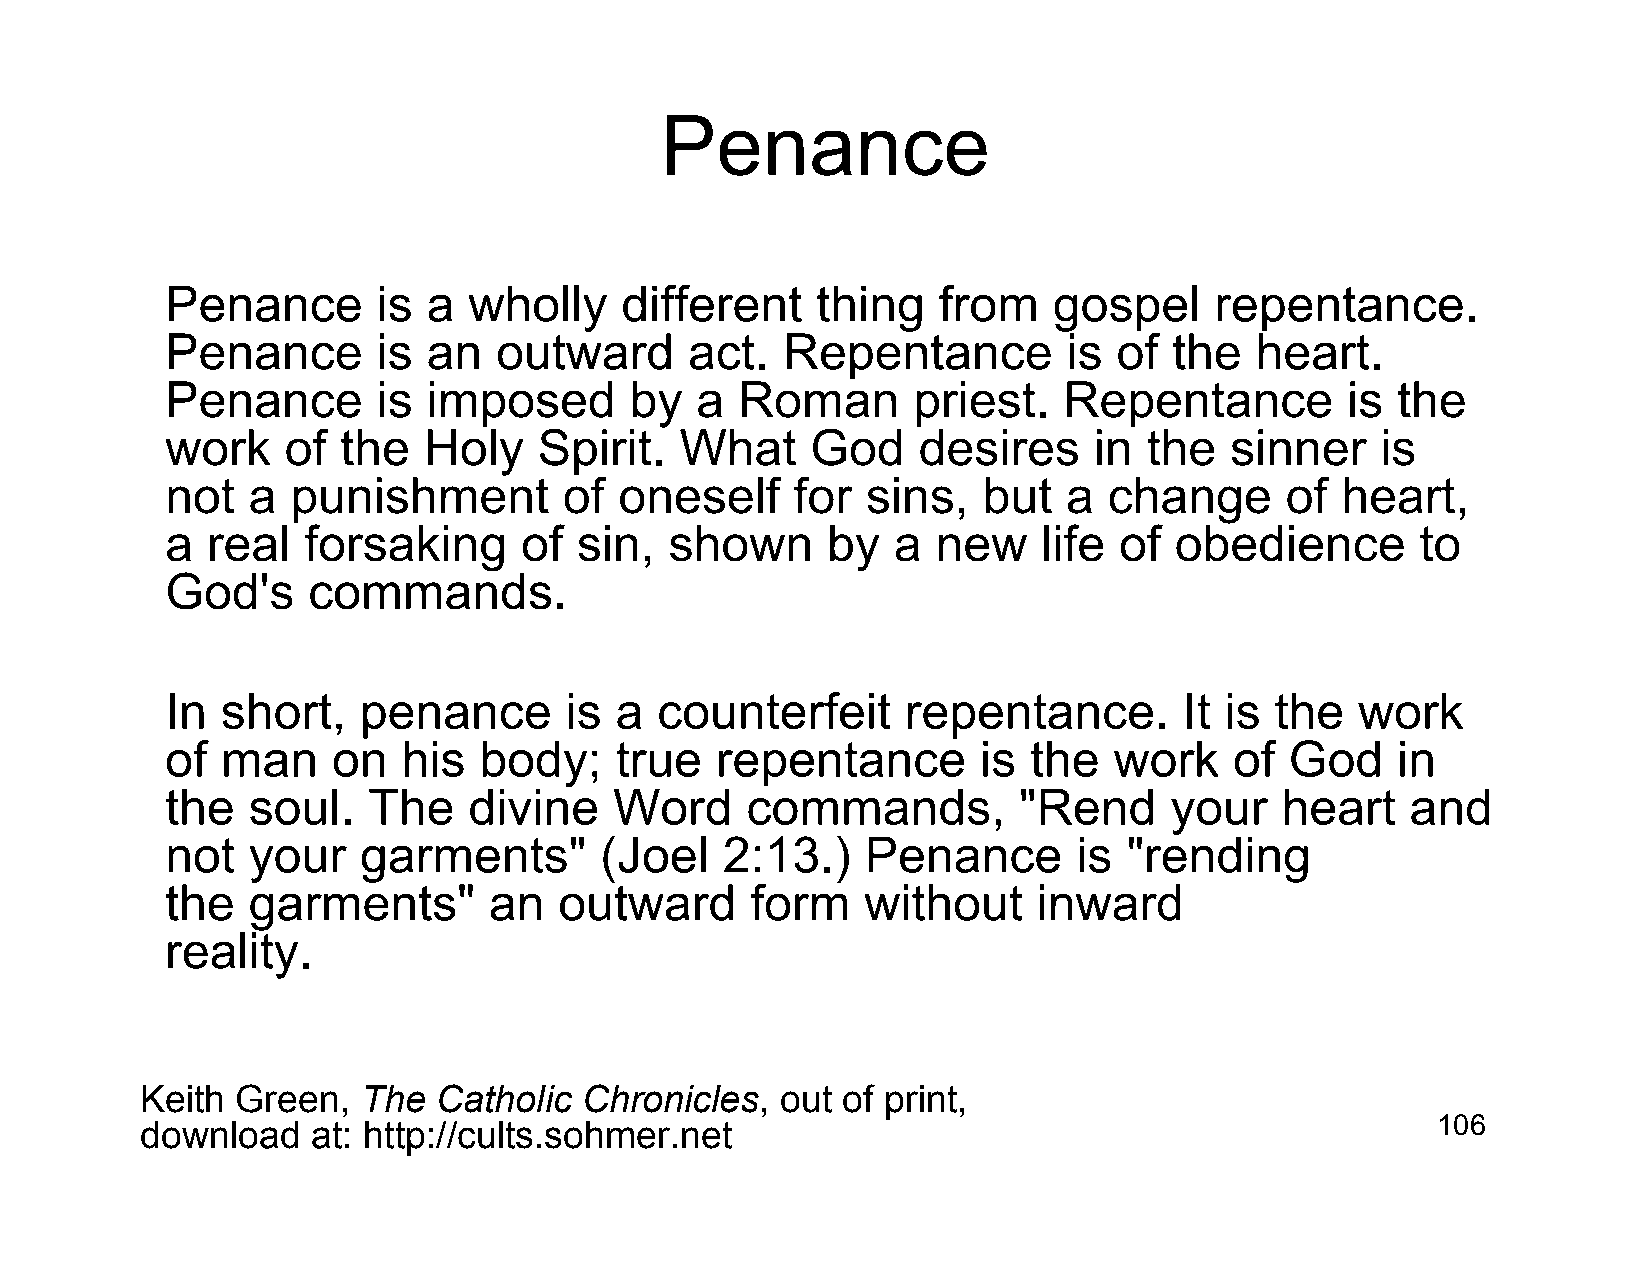
Penance
 Penance       is a  wholly    different    thing   from    gospel    repentance.
 Penance       is an   outward      act.  Repentance         is of  the  heart.
 Penance       is imposed       by  a  Roman      priest.   Repentance         is the
 work    of  the  Holy    Spirit.  What     God    desires    in  the  sinner    is
 not  a  punishment        of  oneself     for sins,   but   a change      of  heart,
 a  real  forsaking     of  sin,  shown      by  a  new    life of  obedience       to
 God's    commands.
 In  short,   penance      is  a counterfeit      repentance.       It is the   work
 of  man    on   his  body;    true  repentance        is the   work    of God    in
 the  soul.   The    divine    Word    commands,         "Rend     your    heart   and
 not  your    garments"       (Joel   2:13.)   Penance       is  "rending
 the  garments"       an   outward      form   without     inward
 reality.
 Keith  Green,  The  Catholic  Chronicles,  out of print,
 download    at: http://cults.sohmer.net                                               106